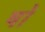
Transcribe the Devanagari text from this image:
षों